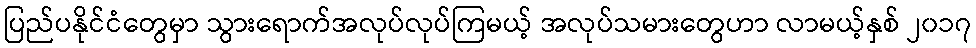
ပြည်ပနိုင်ငံတွေမှာ သွားရောက်အလုပ်လုပ်ကြမယ့် အလုပ်သမားတွေဟာ လာမယ့်နှစ် ၂၀၁၇